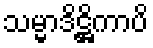
သမ္မာဒိဋ္ဌိကာပိ